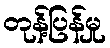
တုန့်ပြန်မှု